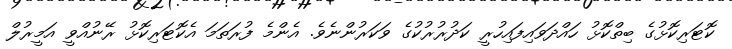
ކޮޓަރިކޮޅުގެ ބިތްކޮޅު ހައްދަވައިފައިހުރީ ކަދުރުރުކުގެ ވަކަރުންނެވެ. އެންމެ ފުރަތަމަ އެކޮޓަރިކޮޅު ރޭނުއްވީ އަމީރުލް